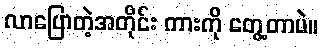
လာပြောတဲ့အတိုင်း ကားကို တွေ့တာပဲ။